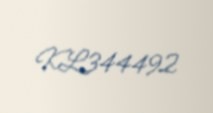
KL344492